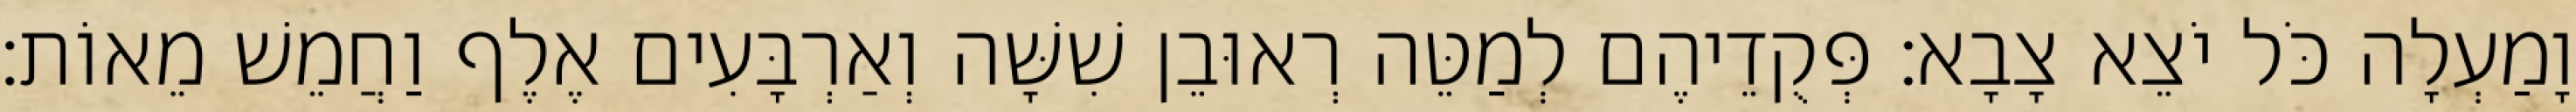
וָמַעְלָה כֹּל יֹצֵא צָבָא׃ פְּקֻדֵיהֶם לְמַטֵּה רְאוּבֵן שִׁשָּׁה וְאַרְבָּעִים אֶלֶף וַחֲמֵשׁ מֵאוֹת׃